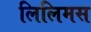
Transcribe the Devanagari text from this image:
लिलिमस